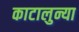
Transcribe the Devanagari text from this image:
काटालुन्या